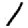
Digit: 1